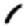
Digit: 1